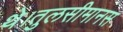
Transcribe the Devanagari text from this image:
थे।तुलसीमानस